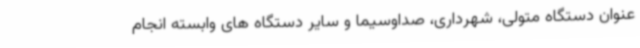
عنوان دستگاه متولی، شهرداری، صداوسیما و سایر دستگاه های وابسته انجام